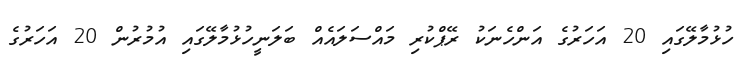
ހުޅުމާލޭގައި 20 އަހަރުގެ އަންހެނަކު ރޭޕްކުރި މައްސަލައެއް ބަލަނީހުޅުމާލޭގައި އުމުރުން 20 އަހަރުގެ